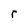
Character: r